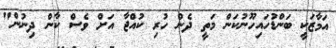
އަމާޒަކީ ބަންޑުހައިހޫނުކަން މަތީ ދެން ހުރި ކުއްޖާ އަށް ވެސް ކާން ދިނުން"